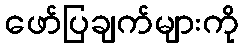
ဖော်ပြချက်များကို